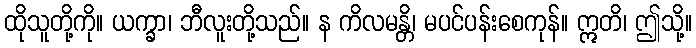
ထိုသူတို့ကို။ ယက္ခာ၊ ဘီလူးတို့သည်။ န ကိလမန္တိ၊ မပင်ပန်းစေကုန်။ ဣတိ၊ ဤသို့။